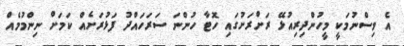
އެ ވިސްނުމަކީ މީހުންދިރިއުޅޭ ރަށްރަށުގައި ހޮޓާ ހުންނަ ސަރަހައްދު ފަޅުރަށެއް ކަމަށް ނިންމުމެއް